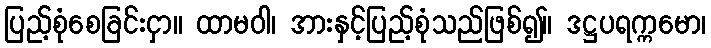
ပြည့်စုံစေခြင်းငှာ။ ထာမဝါ၊ အားနှင့်ပြည့်စုံသည်ဖြစ်၍။ ဒဋ္ဌပရက္ကမော၊